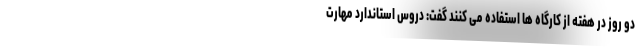
دو روز در هفته از کارگاه ها استفاده می کنند گفت: دروس استاندارد مهارت